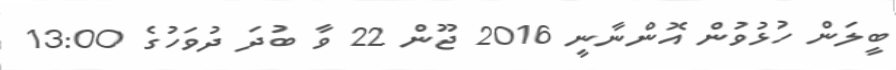
ބީލަން ހުޅުވުން އޮންނާނީ 2016 ޖޫން 22 ވާ ބުދަ ދުވަހުގެ 13:00